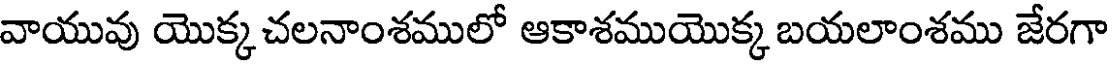
వాయువు యొక్క చలనాంశములో ఆకాశముయొక్క బయలాంశము జేరగా